Cholera in India, 1862 to 1881
Year: 1862
Disease focus: Cholera
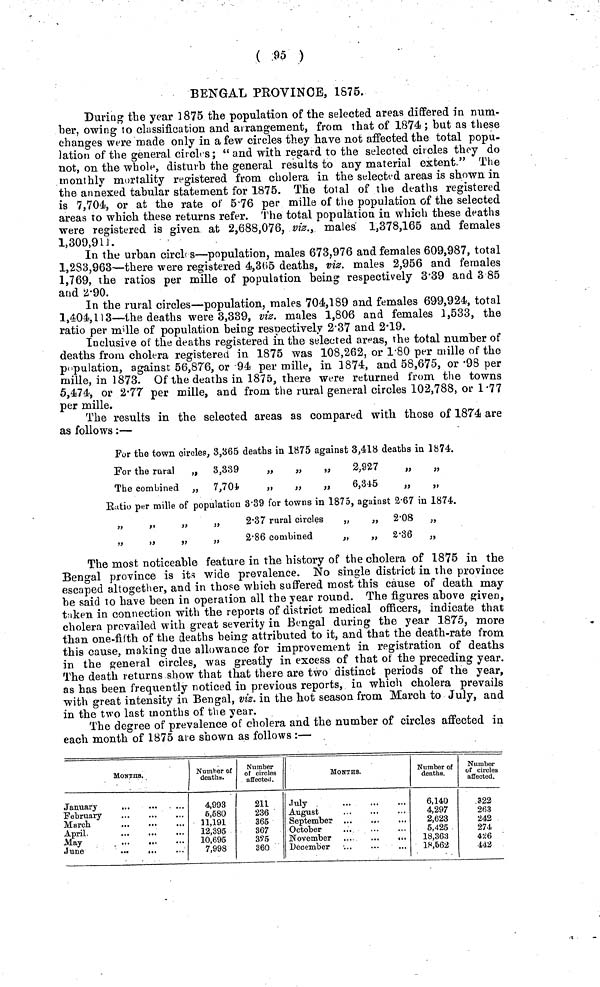
( 95 )
BENGAL PROVINCE, 1875.
During the year 1875 the population of the selected areas differed in num-
ber, owing to classification and arrangement, from that of 1874; but as these
changes were made only in a few circles they have not affected the total popu-
lation of the general circles; "and with regard to the selected circles they do
not, on the whole, disturb the general results to any material extent." The
monthly mortality registered from cholera in the selected areas is shown in
the annexed tabular statement for 1875. The total of the deaths registered
is 7,704, or at the rate of 5.76 per mille of the population of the selected
areas to which these returns refer. The total population in which these deaths
were registered is given at 2,688,076, viz., males 1,378,165 and females
1,309,911.
In the urban circles—population, males 673,976 and females 609,987, total
1,283,963'—there were registered 4,3(55 deaths, vis. males 2,956 and females
1,769, the ratios per mille of population being respectively 3.39 and 3 85
and 2.90.
In the rural circles—population, males 704,189 and females 699,924, total
1,404,113—-the deaths were 3,339, viz. males 1,806 and females 1,533, the
ratio per mille of population being respectively 2.37 and 2.19.
Inclusive of the deaths registered in the selected areas, the total number of
deaths from cholera registered in 1875 was 108,262, or 1.80 per mille of the
population, against 56,876, or 94 per mille, in 1874, and 58,675, or .98 per
mille, in 1873. Of the deaths in 1875, there were returned from the towns
5,474, or 2.77 per mille, and from the rural general circles 102,788, or 1.77
per mille.
The results in the selected areas as compared with those of 1874 are
as follows:—
For the town circles, 3,365 deaths in 1875 against 3,418 deaths in 1874.
For the rural
„ 3,339
„
„
„
2,927
„
„
The combined „ 7,704
„
„
„
6,345
„
„
Ratio per mille of population 3.39 for towns in 1875, against 2.67 in 1874.
„
„
„
„
2.37 rural circles
„
„ 2.08 „
„
„
2.86 combined
„
„ 2.36 „
The most noticeable feature in the history of the cholera of 1875 in the
Bengal province is its wide prevalence. No single district in the province
escaped altogether, and in those which suffered most this cause of death may
be said to have been in operation all the year round. The figures above given,
taken in connection with the reports of district medical officers, indicate that
cholera prevailed with great severity in Bengal during the year 1875, more
than one-fifth of the deaths being attributed to it, and that the death-rate from
this cause, making due allowance for improvement in registration of deaths
in the general circles, was greatly in excess of that of the preceding year.
The death returns show that that there are two distinct periods of the year,
as has been frequently noticed in previous reports, in which cholera prevails
with great intensity in Bengal, viz. in the hot season from March to July, and
in the two last months of the year.
The degree of prevalence of cholera and the number of circles affected in
each month of 1875 are shown as follows :—
MONTHS.
January
February
March
April
May
June
4,993
6,580
11,191
12,395
10,695
7,998
Number
of circles
affected.
211
236
365
367
3?5
360
MONTHS.
July
August
September
October
November
December
6,140
4,297
2,623
5,425
18,363
18,562
Number
of circles
affected.
922
263
242
274
426
142